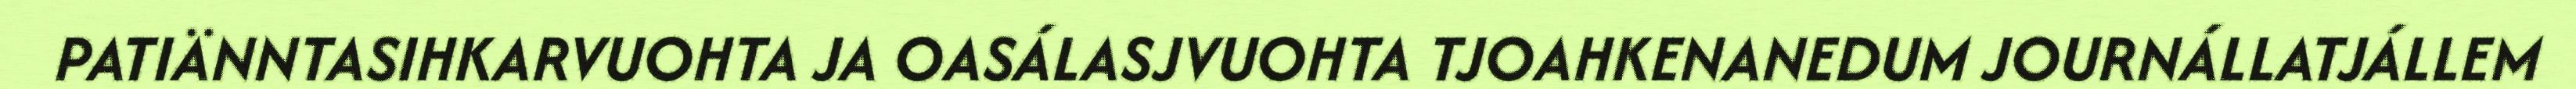
PATIÄNNTASIHKARVUOHTA JA OASÁLASJVUOHTA TJOAHKENANEDUM JOURNÁLLATJÁLLEM